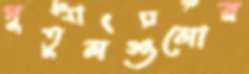
পুতুলগুলোর